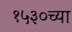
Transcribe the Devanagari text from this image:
१५३०च्या